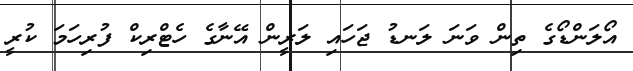
އޯލަންޑޯގެ ތިން ވަނަ ލަނޑު ޖަހައި ލަރީން އޭނާގެ ހެޓްރިކް ފުރިހަމަ ކުރީ